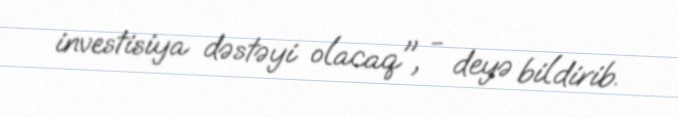
investisiya dəstəyi olacaq", - deyə bildirib.